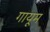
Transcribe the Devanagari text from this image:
गायूम